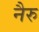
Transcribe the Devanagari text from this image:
नैरु